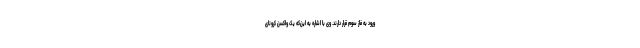
ورود به فاز سوم قرار دارند. وی با اشاره به این‌که یک واکسن کرونای